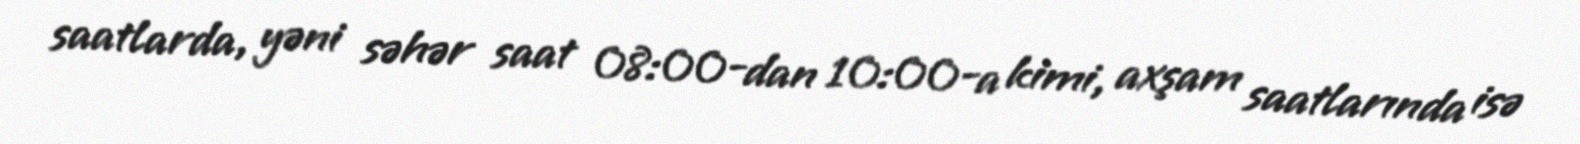
saatlarda, yəni səhər saat 08:00-dan 10:00-a kimi, axşam saatlarında isə